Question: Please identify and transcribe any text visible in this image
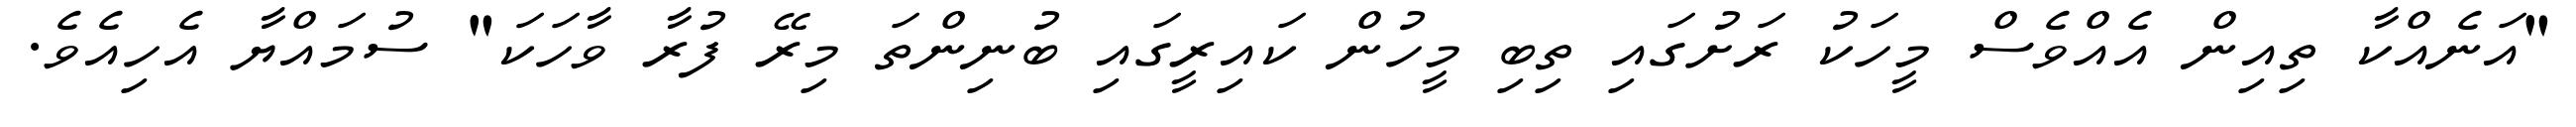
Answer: "އަނެއްކާ ތިއިން އެއްވެސް މީހަކު ރަށުގައި ތިބި މީހުން ކައިރީގައި ބުނިންތަ މިރޭ ފުރާ ވާހަކަ" ސުމައްޔާ އެހިއެވެ.